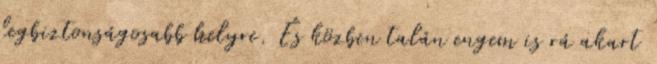
legbiztonságosabb helyre. És közben talán engem is rá akart